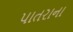
પાતરાના